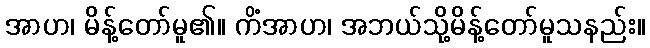
အာဟ၊ မိန့်တော်မူ၏။ ကိံအာဟ၊ အဘယ်သို့မိန့်တော်မူသနည်း။